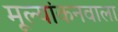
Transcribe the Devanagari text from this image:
मूल्यांकनवाला